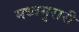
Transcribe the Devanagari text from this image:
मध्वमुरारी